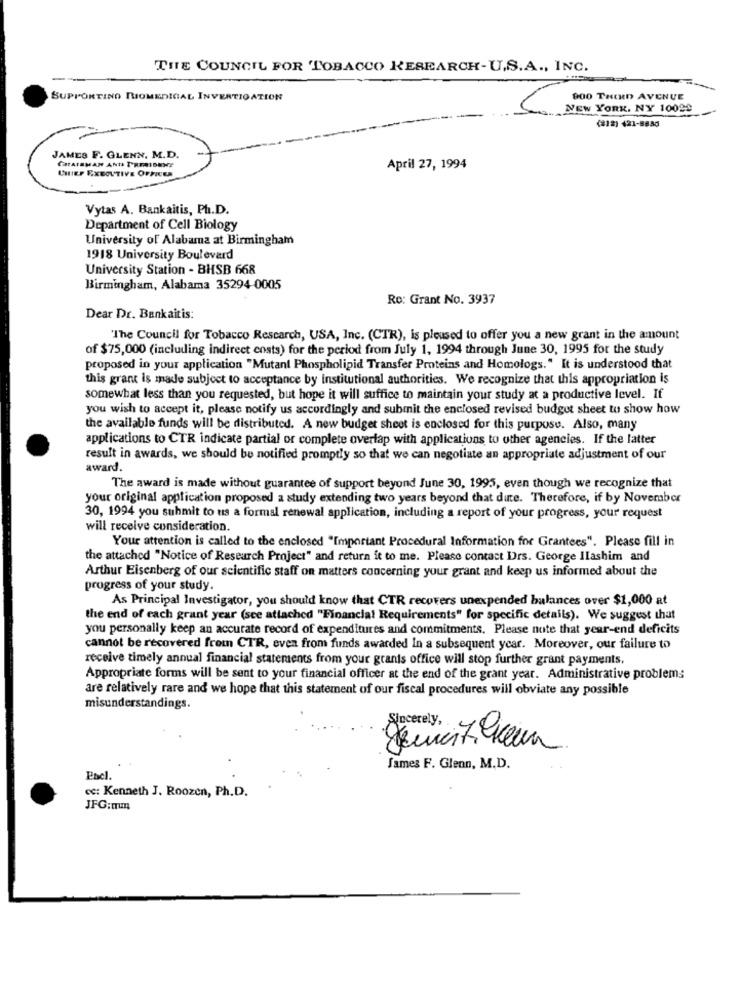
THE COUNCIL FOR TOBACCO RESEARCH-U.S.A ., INC.
SUPPORTING BIOMEDICAL INVERTIOATION
900 THIRD AVENUE
NEW YORK, NY 10099
(812) 421-8850
JAMES F. GLENN. M.D.
CHAIRMAN AND TREMIDENT
CHIEF EXECUTIVE OFFICER
April 27, 1994
Vytas A. Bankaitis, Ph.D.
Department of Cell Biology
University of Alabama at Birmingham
1918 University Boulevard
University Station - BHSB 668
Birmingham, Alabama 35294-0005
Ro: Grant No. 3937
Dear Dr. Bankaitis:
"The Council for Tobacco Rescarch, USA, Inc. (CTR), is pleased to offer you a new grant in the amount
of $75,000 (including indirect ensts) for the period from July 1, 1994 through June 30, 1995 for the study
proposed in your application "Mutant Phospholipid Transfer Proteins and Homologs." It is understood that
this grant is made subject to acceptance by institutional authorities. We recognize that this appropriation is
somewhat less than you requested, but hope it will suffice to maintain your study at a productive level. If
you wish to accept it, please notify us accordingly and submit the enclosed revised budget sheet tu show how
the available funds will be distributed. A new budget sheet is enclosed for this purpose. Also, many
applications to CTR indicate partial or complete overlap with applications to other agencies. If the latter
result in awards, we should be notified promptly so that we can negotiate an appropriate adjustment of our
award.
The award is made without guarantee of support beyond June 30, 1995, even though we recognize that
your original application proposed a study extending two years beyond that dute. Therefore, if by November
30, 1994 you submit to us a formal renewal application, including a report of your progress, your request
will receive consideration.
Your attention is called to the enclosed "Important Procedural Information for Grantees". Please fill in
the attached "Notice of Research Project" and return it to me. Please contact Drs. George Ilashim and
Arthur Eisenberg of our scientific staff on matters concerning your grant and keep us informed about the
progress of your study.
As Principal Investigator, you should know that CTR recovers unexpended balances over $1,000 at
the end of each grant year (see attached "Financial Requirements" for specific details). We suggest that
you personally keep an accurate record of expenditures and commitments. Please note that year-end deficits
cannot be recovered from CTR, even from funds awarded In a subsequent year. Moreover, our failure to
receive timely annual financial statements from your grants office will stop further grant payments.
Appropriate forms will be sent to your financial officer at the end of the grant year. Administrative problem:
are relatively rare and we hope that this statement of our fiscal procedures will obviate any possible
misunderstandings.
James F. Glenn, M.D.
Pacl.
cc: Kenneth J. Roozen, Ph.D.
JFG:mum